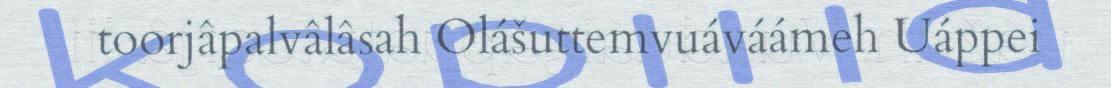
toorjâpalvâlâsah Olášuttemvuáváámeh Uáppei